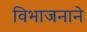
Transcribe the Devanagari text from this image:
विभाजनाने